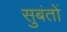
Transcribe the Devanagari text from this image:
सुबंतों